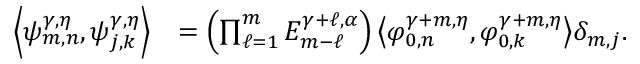
\begin{array} { r l } { { \left\langle { \psi _ { m , n } ^ { \gamma , \eta } , \psi _ { j , k } ^ { \gamma , \eta } } \right\rangle } } & { = \left( \prod _ { \ell = 1 } ^ { m } E _ { m - \ell } ^ { \gamma + \ell , \alpha } \right) { \left\langle { \varphi _ { 0 , n } ^ { \gamma + m , \eta } , \varphi _ { 0 , k } ^ { \gamma + m , \eta } } \right\rangle } \delta _ { m , j } . } \end{array}